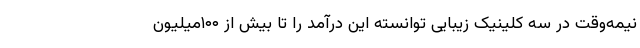
نیمه‌وقت در سه کلینیک زیبایی توانسته این درآمد را تا بیش از ۱۰۰میلیون